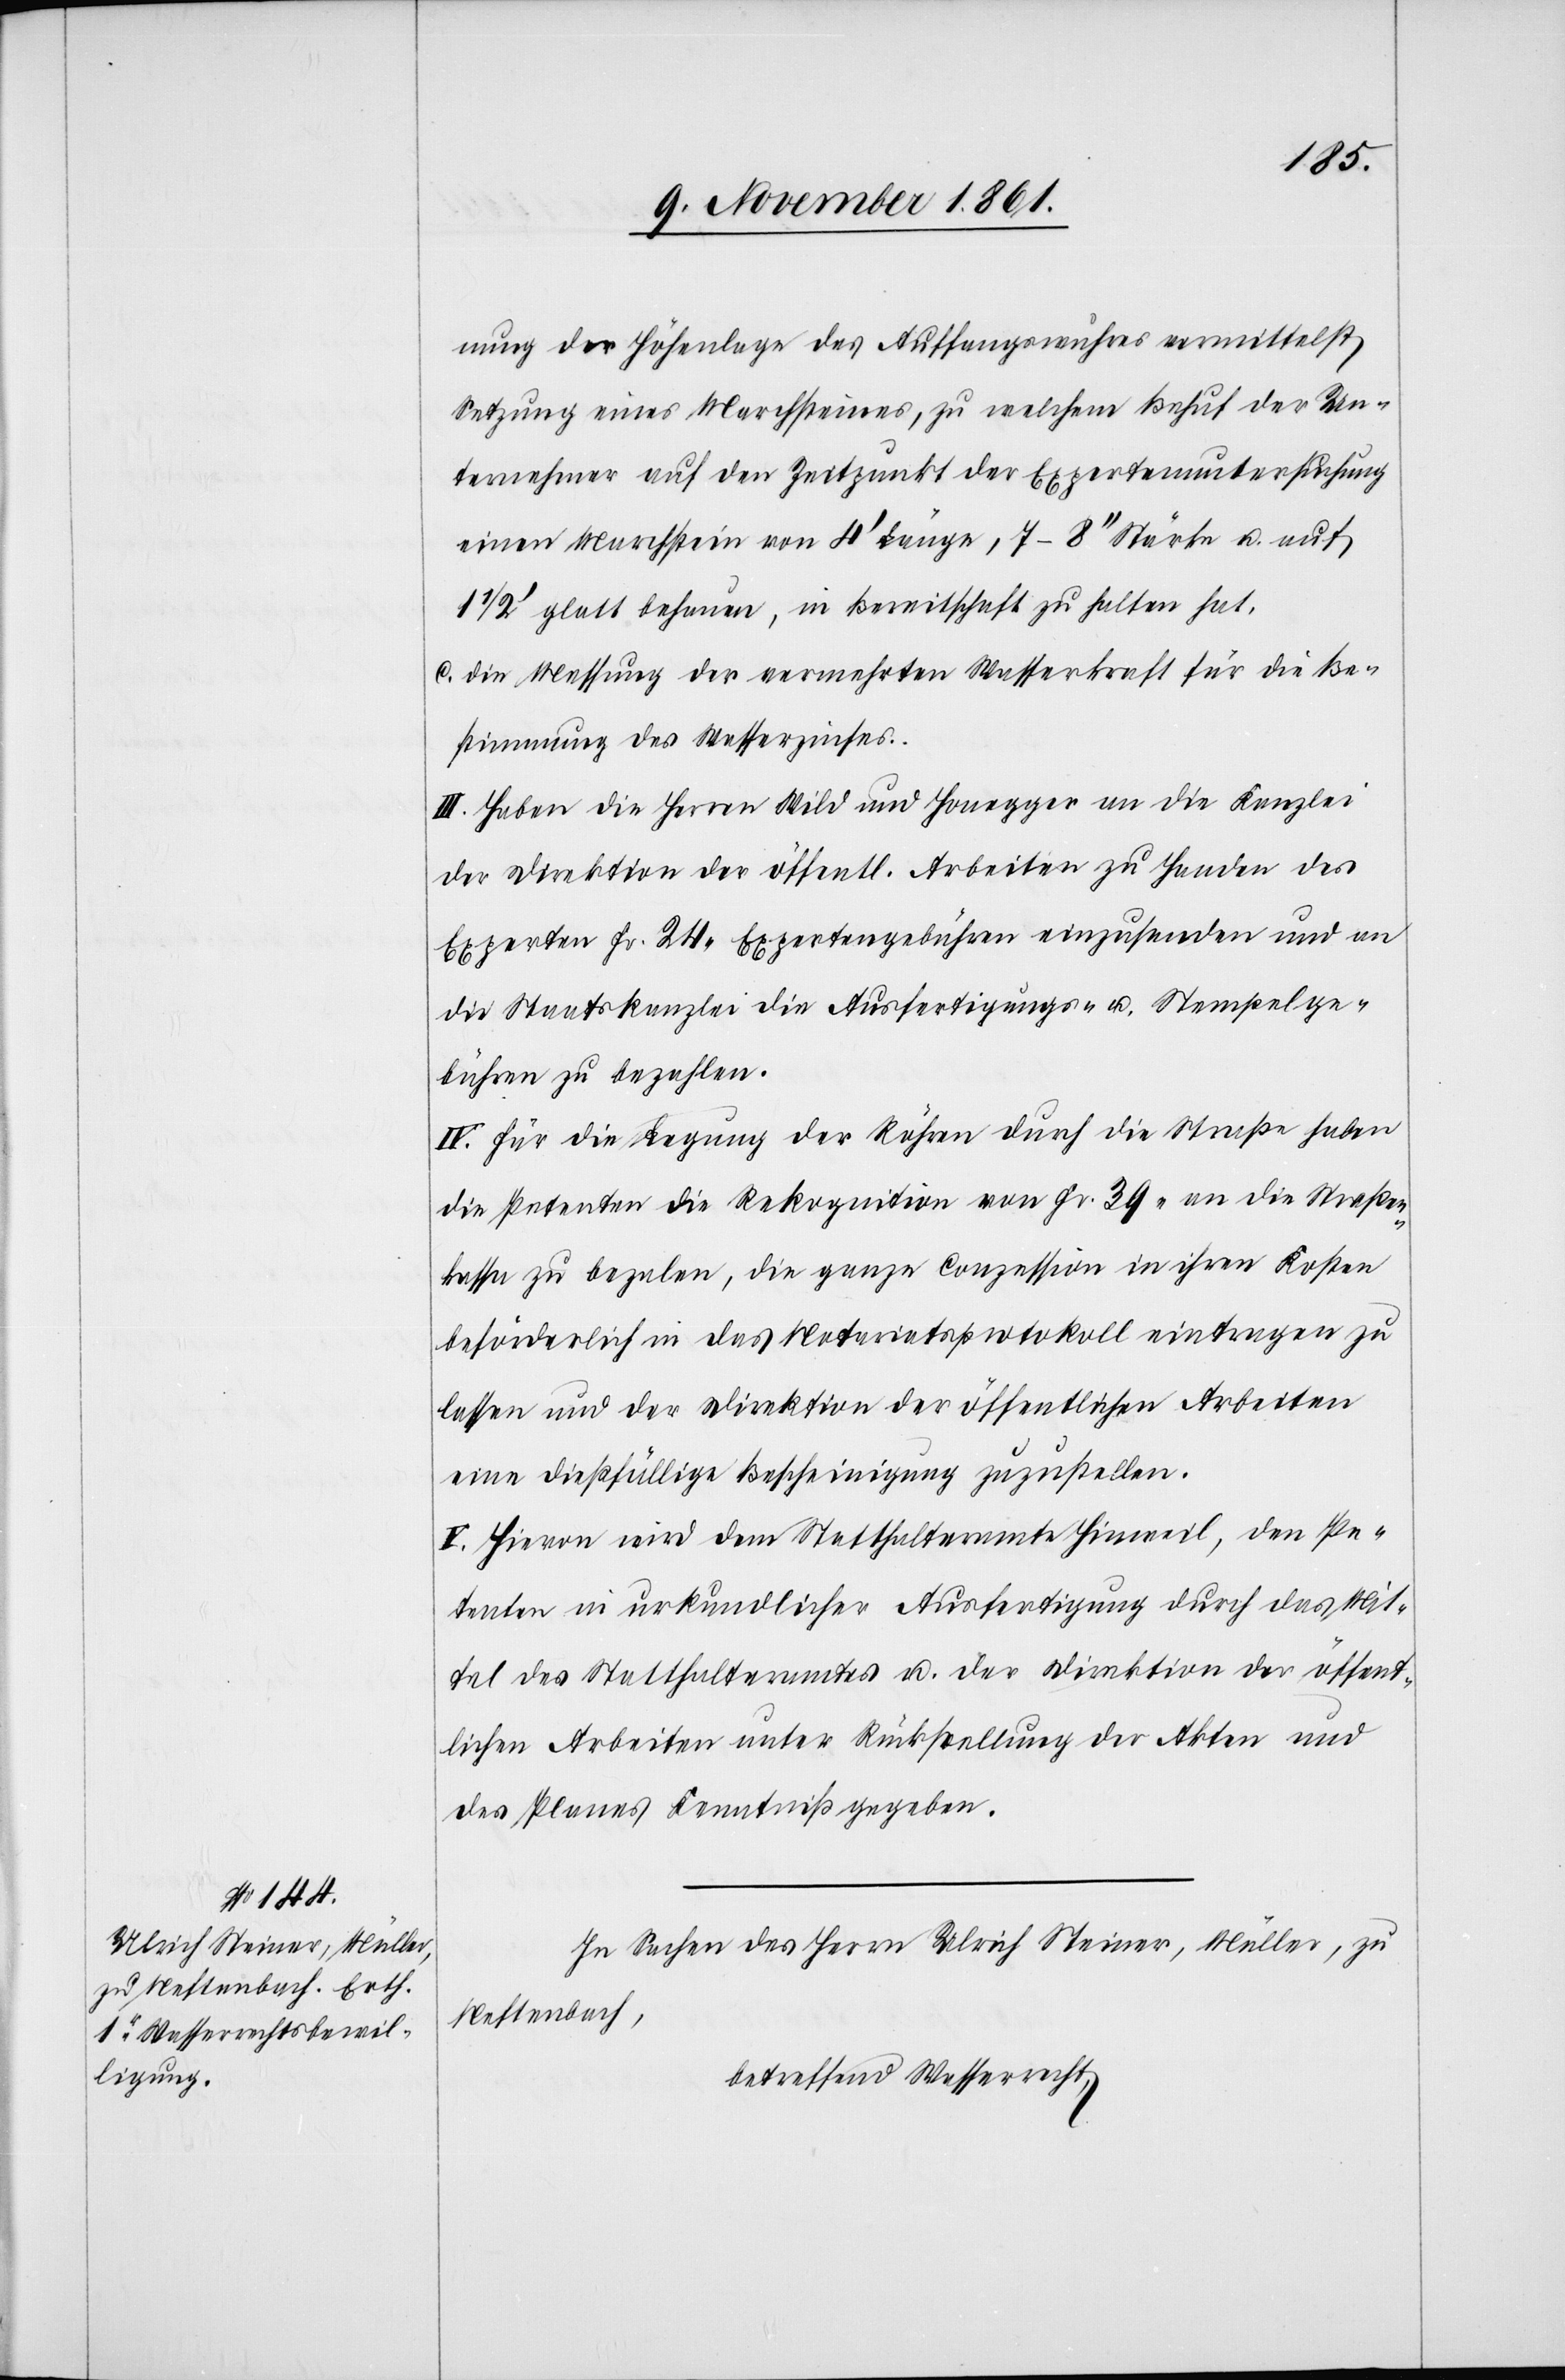
nung der Höhenlage des Auffangswuhres vermittelst
Setzung eines Marchsteines, zu welchem Behuf der Un¬
ternehmer auf den Zeitpunkt der Expertenuntersuchung
einen Marchstein von 4’ Länge, 7–8“ Stärke u. auf
1/2’ glatt behauen, in Bereitschaft zu halten hat.
c.) die Messung der vermehrten Wasserkraft für die Be¬
stimmung des Wasserzinses.
III. Haben die Herren Wild und Honegger an die Kanzlei
der Direktion der öffentl. Arbeiten zu Handen des
Experten Fr. 24 Expertengebühren einzusenden und an
die Staatskanzlei die Ausfertigungs- u. Stempelge¬
bühren zu bezahlen.
IV. Für die Legung der Röhren durch die Straße haben
die Petenten die Rekognition von Fr. 39 an die Straßen¬
kassa zu bezalen, die ganze Conzession in ihren Kosten
beförderlich in das Notariatsprotokoll eintragen zu
lassen und der Direktion der öffentlichen Arbeiten
eine dießfällige Bescheinigung zuzustellen.
V. Hievon wird dem Statthalteramte Hinweil, den Pe¬
tenten in urkundlicher Ausfertigung durch das Mit¬
tel des Statthalteramtes u. der Direktion der öffent¬
lichen Arbeiten unter Rückstellung der Akten und
des Planes Kenntniß gegeben.
In Sachen des Herrn Ulrich Steiner, Müller, zu
Neftenbach,
betreffend Wasserrecht